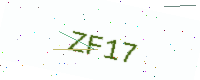
Text: ZF17